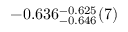
- 0 . 6 3 6 _ { - 0 . 6 4 6 } ^ { - 0 . 6 2 5 } ( 7 )